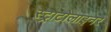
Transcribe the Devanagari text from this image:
स्ट्राटोलाइनर